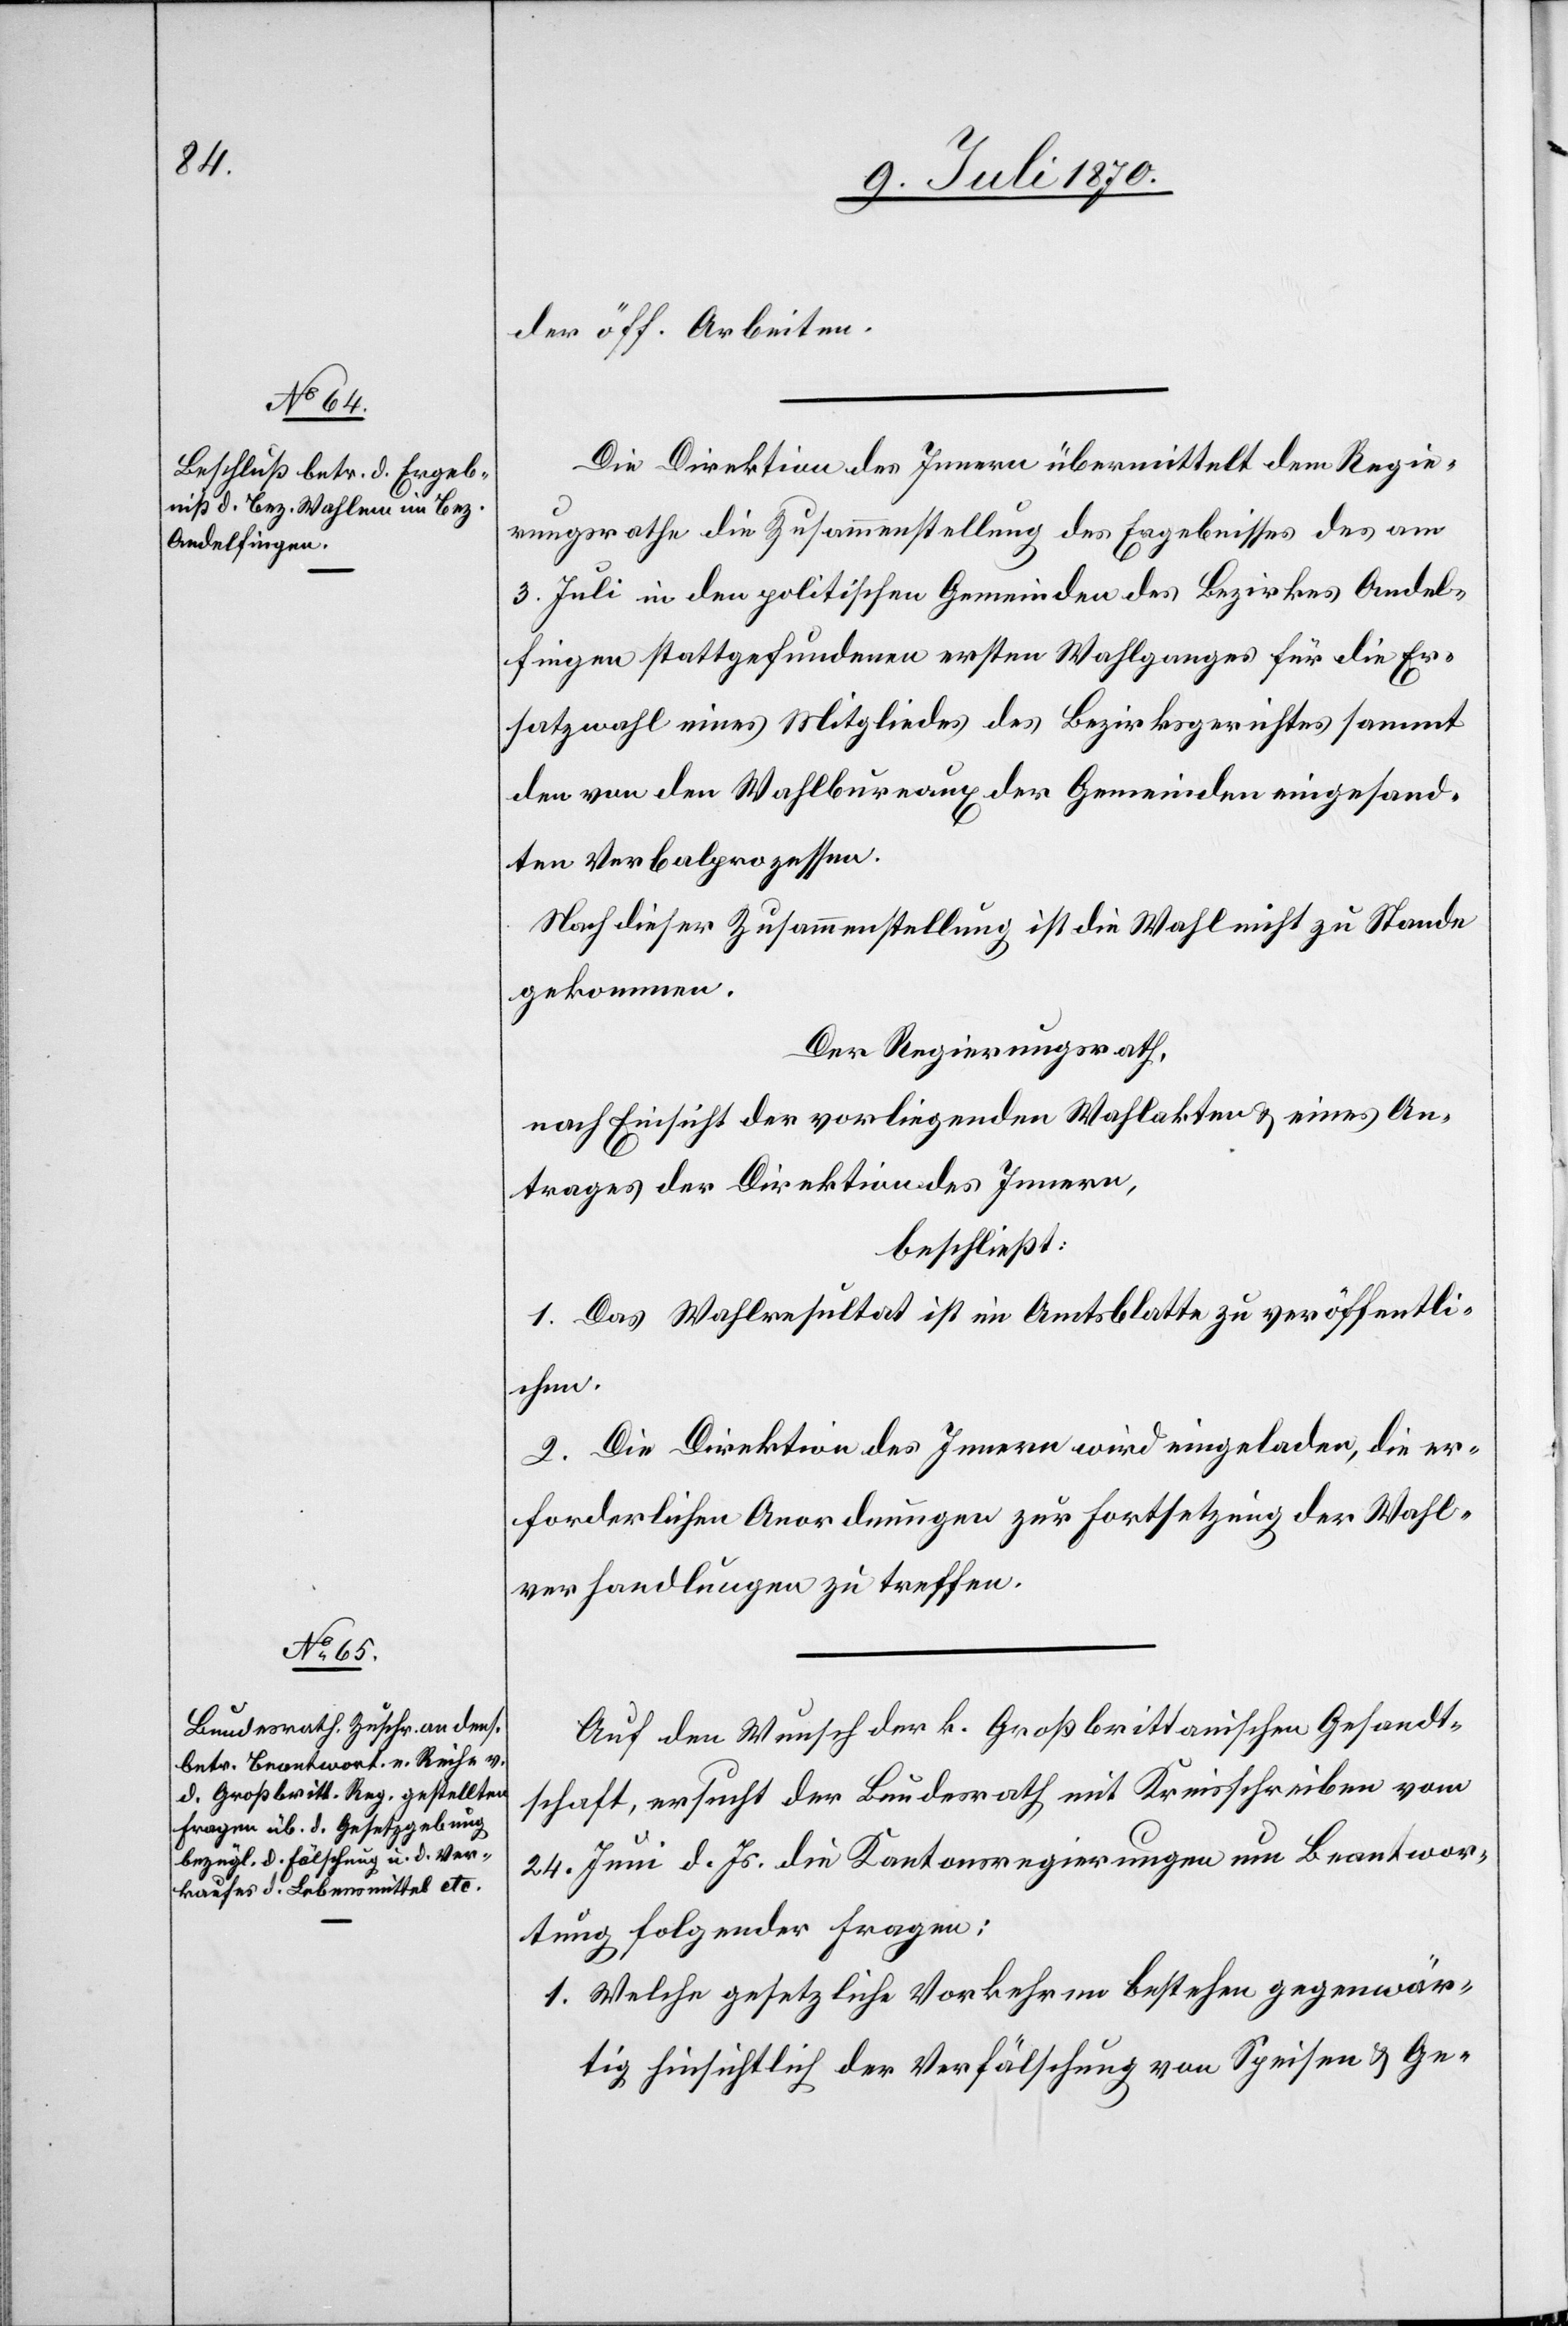
der öff. Arbeiten.
Die Direktion des Innern übermittelt dem Regie¬
rungsrathe die Zusammenstellung des Ergebnisses des am
3. Juli in den politischen Gemeinden des Bezirkes Andel¬
fingen stattgefundenen ersten Wahlganges für die Er¬
satzwahl eines Mitgliedes des Bezirksgerichtes sammt
den von den Wahlbureaux der Gemeinden eingesand¬
ten Verbalprozessen.
Nach dieser Zusammenstellung ist die Wahl nicht zu Stande
gekommen.
Der Regierungsrath,
nach Einsicht der vorliegenden Wahlakten & eines An¬
trages der Direktion des Innern,
beschließt:
1. Das Wahlresultat ist im Amtsblatte zu veröffentli¬
Gesand¬
2. Die Direktion des Innern wird eingeladen, die er¬
forderlichen Anordnungen zur Fortsetzung der Wahl¬
verhandlungen zu treffen.
Auf den Wunsch der k. Großbrittanischen [sic!]
tschaft, ersucht der Bundesrath mit Kreisschreiben vom
24. Juni d. Js. die Kantonsregierungen um Beantwor¬
tung folgender Fragen:
1. Welche gesetzlichen Vorkehren bestehen gegenwär¬
tig hinsichtlich der Verfälschung von Speisen & Ge-